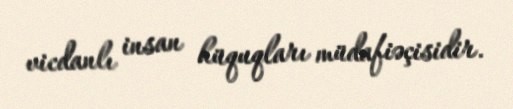
vicdanlı insan hüquqları müdafiəçisidir.